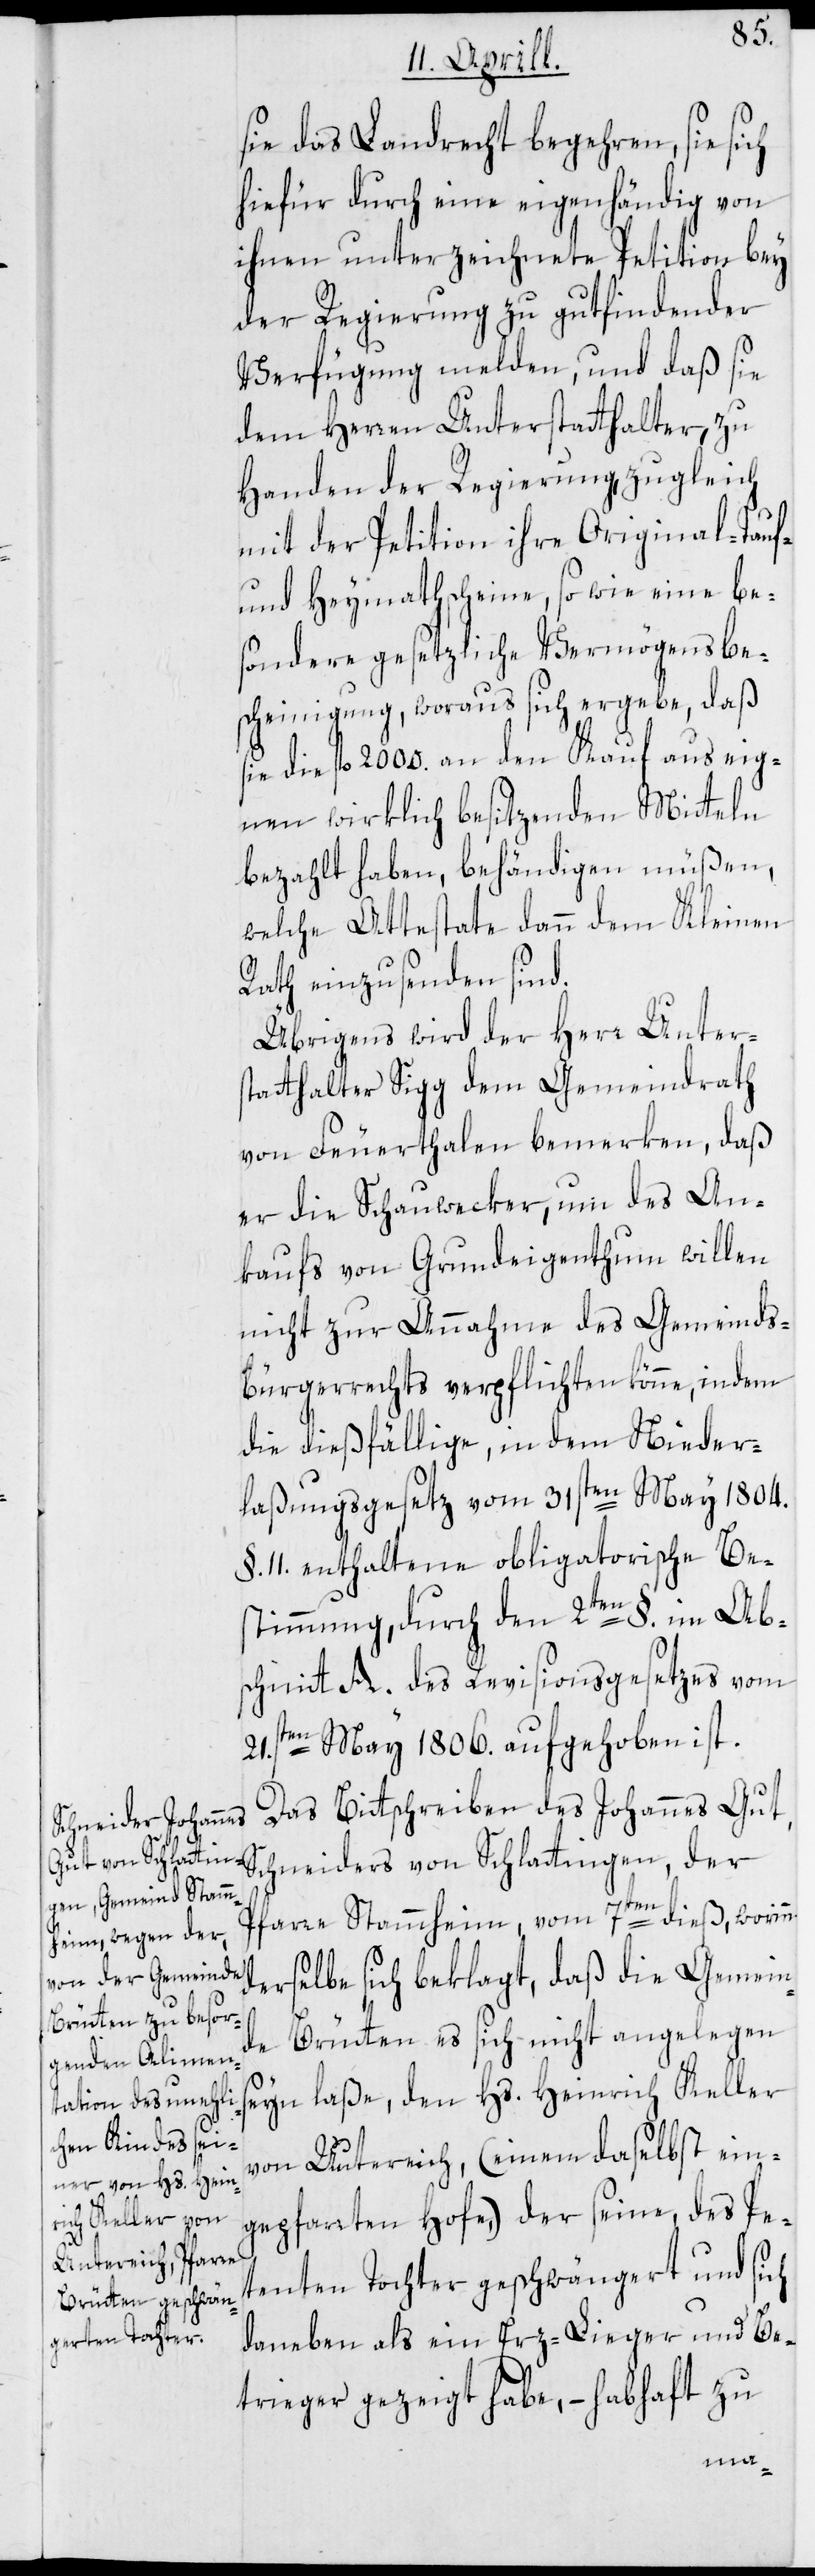
sie das Landrecht begehren, sie sich
hiefür durch eine eigenhändig von
ihnen unterzeichnete Petition bey
der Regierung zu gutfindender
Verfügung melden, und daß sie
dem Herren Unterstatthalter, zu
Handen der Regierung, zugleich
mit der Petition ihre Original-Tauf-
und Heymathscheine, sowie eine be¬
sondere gesetzliche Vermögensbe¬
scheinigung, woraus sich ergebe, daß
sie die fl. 2000. an den Kauf aus eig¬
nen wirklich besitzenden Mitteln
bezahlt haben, behändigen müßen,
welche Attestate dann dem Kleinen
Rath einzusenden sind.
Übrigens wird der Herr Unters¬
tatthalter Sigg dem Gemeindrath
von Feuerthalen bemerken, daß
er die Schauwecker, um des An¬
kaufs von Grundeigenthum willen
nicht zur Annahme des Gemeinds¬
bürgerrechts verpflichten könne, indem
die dießfällige, in dem Nieder¬
laßungsgesetz vom 31sten May 1804.
§. 11. enthaltene obligatorische Be¬
stimmung, durch den 2ten § im Abs¬
chnitt A. des Revisionsgesetzes vom
21.sten May 1806. aufgehoben ist.
Das Bittschreiben des Johannes Gut,
Schneiders von Schlattingen, der
Pfarre Stammheim, vom 7ten dieß, worin¬
erselbe sich beklagt, daß die Gemein¬
de Brütten es sich nicht angelegen
seyn laße, den Hs. Heinrich Keller
von Untereich, (einem daselbst ein¬
gepfarrten Hofe,) der seine, des Pe¬
tenten Tochter geschwängert und sich
daneben als ein Erz-Lieger und Be¬
trieger gezeigt habe, – habhaft zu
n d¬